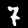
Label: 7